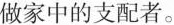
做家中的支配者。